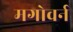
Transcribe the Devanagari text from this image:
मगोवर्न